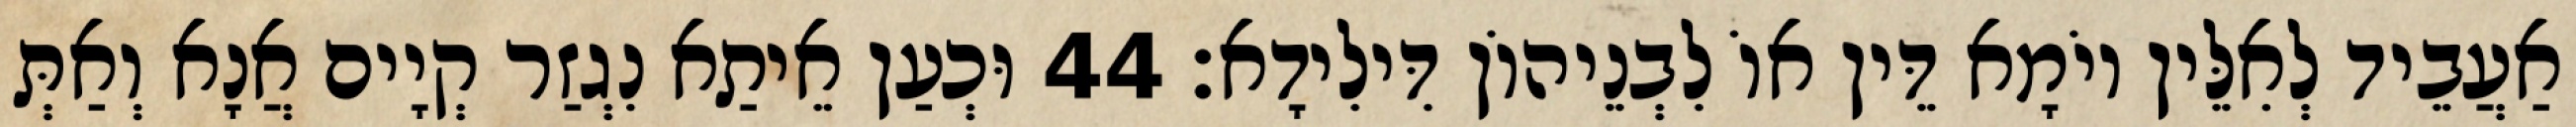
אַעֲבֵיד לְאִלֵּין יוֹמָא דֵּין אוֹ לִבְנֵיהוֹן דִּילִידָא׃ 44 וּכְעַן אֵיתַא נִגְזַר קְיָים אֲנָא וְאַתְּ